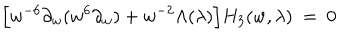
LaTeX: \Big [ w ^ { - 6 } \partial _ { w } ( w ^ { 6 } \partial _ { w } ) + w ^ { - 2 } \Lambda ( \lambda ) \Big ] H _ { 3 } ( w , \lambda ) \ = \ 0